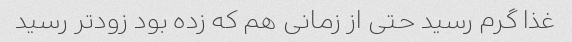
غذا گرم رسید حتی از زمانی هم که زده بود زودتر رسید